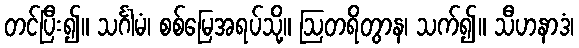
တင်ပြီး၍။ သင်္ဂါမံ၊ စစ်မြေအရပ်သို့။ ဩတရိတွာန၊ သက်၍။ သီဟနာဒံ၊